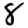
Digit: 8